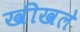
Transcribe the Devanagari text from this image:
खीखले